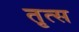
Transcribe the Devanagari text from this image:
तृत्स